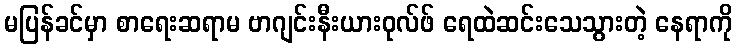
မပြန်ခင်မှာ စာရေးဆရာမ ဗာဂျင်းနီးယားဝုလ်ဖ် ရေထဲဆင်းသေသွားတဲ့ နေရာကို